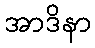
အာဒိနာ